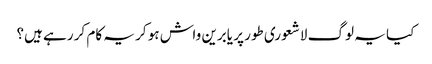
کیا یہ لوگ لاشعوری طور پر یابرین واش ہو کر یہ کام کر رہے ہیں؟